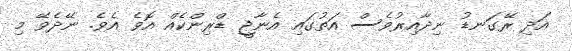
އަދި ރޭގަނޑު ނިދާއިރުވެސް އަތުގައި އެނާޖީ ޑްރިންކެއް އޮވެ އެެވެ. ނޭދެވޭ މި